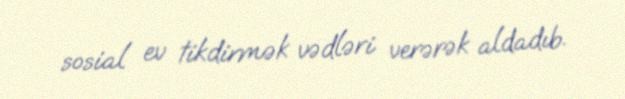
sosial ev tikdirmək vədləri verərək aldadıb.